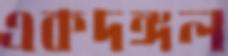
একদঙ্গল